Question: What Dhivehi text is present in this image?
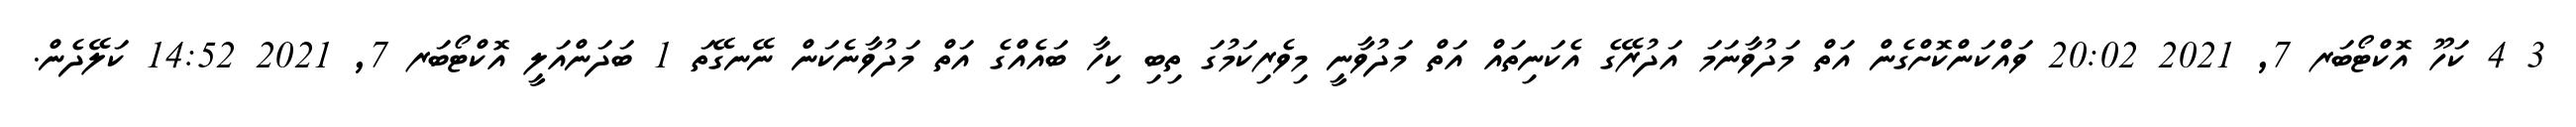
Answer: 3 4 ކަހޫ އޮކްޓޯބަރ 7, 2021 20:02 ވައްކަންކޮށްގެން އަތް މަދުވާނަމަ އަދުރޭގެ އެކަނިތައް އަތް މަދުވާނީ މިވެރިކަމުގަ ތިބި ކިހާ ބައެއްގެ އަތް މަދުވާނެކަން ނޭނގޭތަ 1 ބަދަންއަލީ އޮކްޓޯބަރ 7, 2021 14:52 ކަލޭދެން.